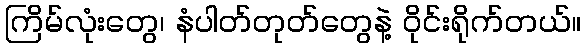
ကြိမ်လုံးတွေ၊ နံပါတ်တုတ်တွေနဲ့ ဝိုင်းရိုက်တယ်။